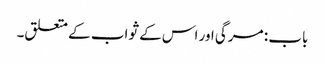
باب : مرگی اور اس کے ثواب کے متعلق۔